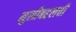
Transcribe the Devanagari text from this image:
मुलीबद्दलची